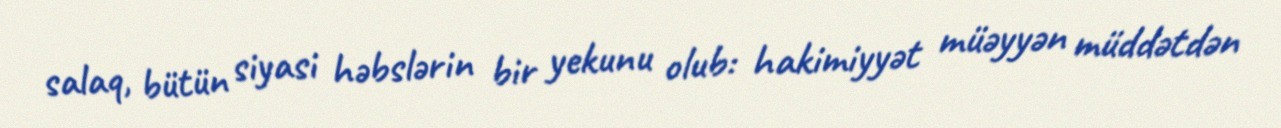
salaq, bütün siyasi həbslərin bir yekunu olub: hakimiyyət müəyyən müddətdən